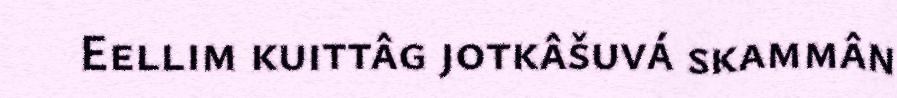
Eellim kuittâg jotkâšuvá skammân